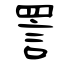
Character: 詈